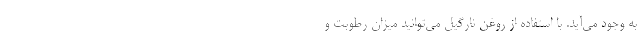
به وجود می­آید. با استفاده از روغن نارگیل می­توانید میزان رطوبت و